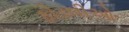
ફોડલીઓ